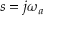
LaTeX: s = j \omega _ { a }